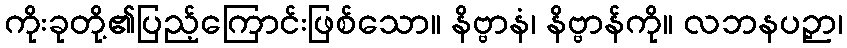
ကိုးခုတို့၏ပြည့်ကြောင်းဖြစ်သော။ နိဗ္ဗာနံ၊ နိဗ္ဗာန်ကို။ လဘနပဉှာ၊